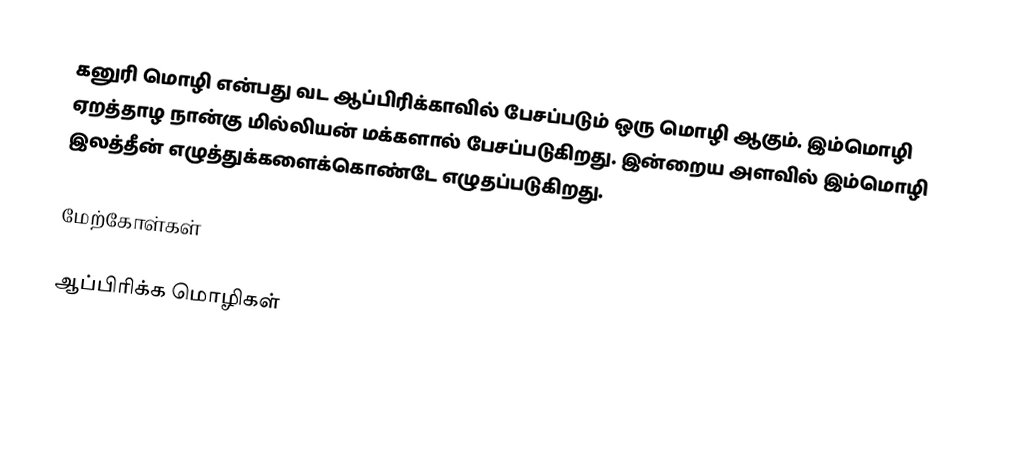
கனுரி மொழி என்பது வட ஆப்பிரிக்காவில் பேசப்படும் ஒரு மொழி ஆகும். இம்மொழி ஏறத்தாழ நான்கு மில்லியன் மக்களால் பேசப்படுகிறது. இன்றைய அளவில் இம்மொழி இலத்தீன் எழுத்துக்களைக்கொண்டே எழுதப்படுகிறது.

மேற்கோள்கள்

ஆப்பிரிக்க மொழிகள்